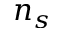
n _ { s }